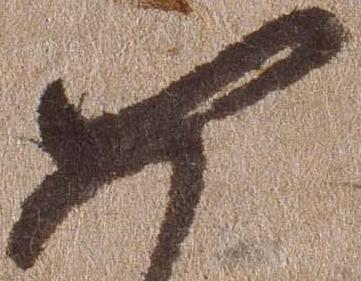
如